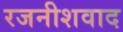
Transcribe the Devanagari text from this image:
रजनीशवाद